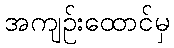
အကျဉ်းထောင်မှ